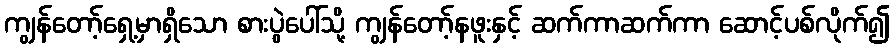
ကျွန်တော့်ရှေ့မှာရှိသော စားပွဲပေါ်သို့ ကျွန်တော့်နဖူးနှင့် ဆက်ကာဆက်ကာ ဆောင့်ပစ်လိုက်၍